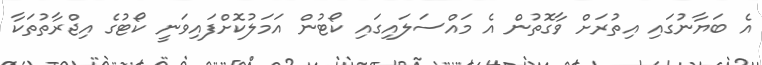
އެ ބަޔާނުގައި އިތުރަށް ވާގޮތުން އެ މައްސަލައިގައި ކޯޓުން އަމަލުކޮށްފައިވަނީ ކޯޓުގެ އިޖްރާތުތަކާ